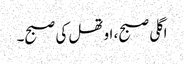
اگلی صبح، اوتھل کی صبح۔